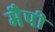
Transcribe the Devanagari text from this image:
मैपी